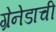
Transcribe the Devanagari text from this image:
ग्रेनेडाची